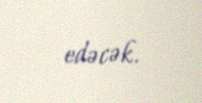
edəcək.